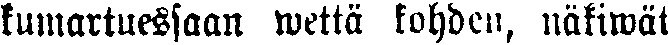
kumartuessaan wettä kohden, näkiwät